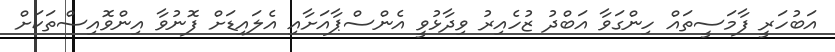
އަބުހަރީ ފާމަސީތައް ހިންގަވާ އަބްދު ޒުހެއިރު ވިދާޅުވީ އެންސްޕާއަށާއި އެލައިޑަށް ފޮނުވާ އިންވޮއިސްތަކަށް